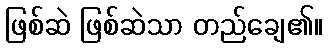
ဖြစ်ဆဲ ဖြစ်ဆဲသာ တည်ချေ၏။